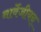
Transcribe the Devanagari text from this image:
नार्वेजीयन्